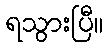
ရသွားပြီ။